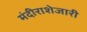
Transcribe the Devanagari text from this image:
मंदीराशेजारी